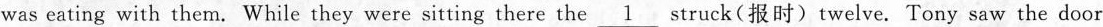
was eating with them. While they were sitting there the \underline{1} struck (报时) twelve. Tony saw the door